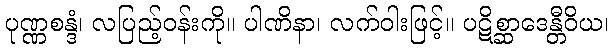
ပုဏ္ဏစန္ဒံ၊ လပြည့်ဝန်းကို။ ပါဏိနာ၊ လက်ဝါးဖြင့်။ ပဋိစ္ဆာဒေန္တီဝိယ၊